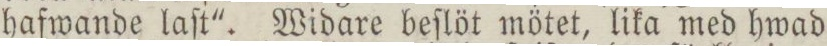
hafwande laſt'. Widare beſlöt mötet, lika med hwad